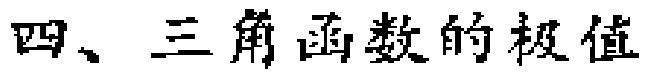
四、三角函数的极值